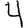
Digit: 4